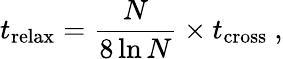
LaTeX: t_{\mathrm{relax}}={\frac{N}{8\ln N}}\times t_{\mathrm{cross}}\ ,